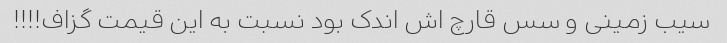
سیب زمینی و سس قارچ اش اندک بود نسبت به این قیمت گزاف!!!!